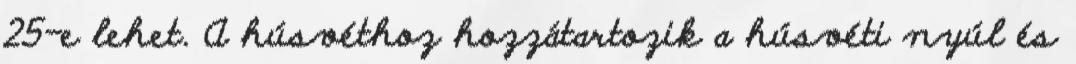
25-e lehet. A húsvéthoz hozzátartozik a húsvéti nyúl és